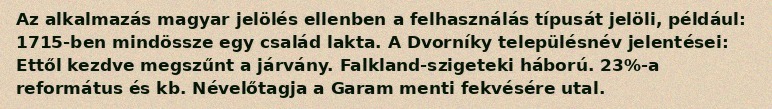
Az alkalmazás magyar jelölés ellenben a felhasználás típusát jelöli, például: 1715-ben mindössze egy család lakta. A Dvorníky településnév jelentései: Ettől kezdve megszűnt a járvány. Falkland-szigeteki háború. 23%-a református és kb. Névelőtagja a Garam menti fekvésére utal.